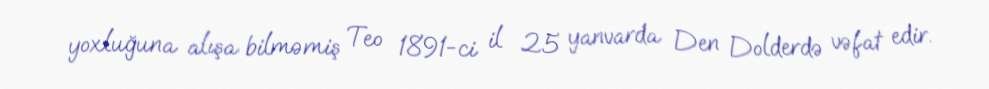
yoxluğuna alışa bilməmiş Teo 1891-ci il 25 yanvarda Den Dolderdə vəfat edir.